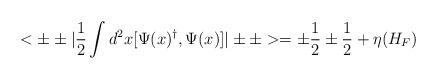
LaTeX: \begin{align*}<\pm\pm |{1\over2}\int d^2x [\Psi(x)^\dagger, \Psi(x)] |\pm\pm >=\pm{1\over2}\pm{1\over2} +\eta(H_F) \end{align*}